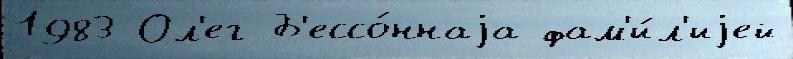
1983 Ол'ег Б'ессо́ннаjа фам'и́л'иjей